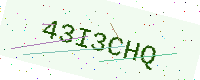
Text: 43I3CHQ